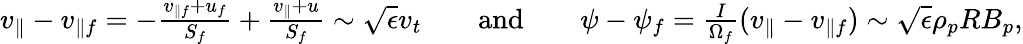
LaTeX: \begin{array}{rlrlr}{v_{\parallel}-v_{\parallel f}=-\frac{v_{\parallel f}+u_{f}}{S_{f}}+\frac{v_{\parallel}+u}{S_{f}}\sim\sqrt{\epsilon}v_{t}}&{}&{\mathrm{and}}&{}&{\psi-\psi_{f}=\frac{I}{\Omega_{f}}(v_{\parallel}-v_{\parallel f})\sim\sqrt{\epsilon}\rho_{p}RB_{p},}\end{array}